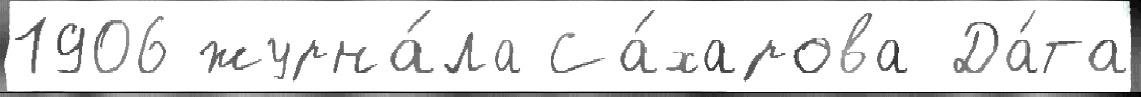
1906 журна́ла Са́харова Да́та